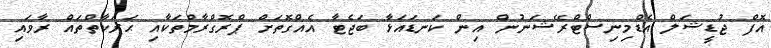
އޮފް ޖުޑީޝަލް އެޑްމިނިސްޓްރޭޝަނުން އިން ކަނޑައަޅާ ބަޖެޓާ އެއްގޮތަށް ޕްރޮގްރާމްތަކާއި ޙަރަކާތްތައް ރާވައި